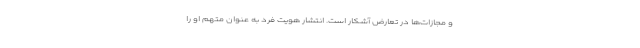
و مجازات‌ها در تعارض آشکار است. انتشار هویت فرد به عنوان متهم او را